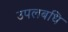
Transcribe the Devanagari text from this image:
उपलबधि